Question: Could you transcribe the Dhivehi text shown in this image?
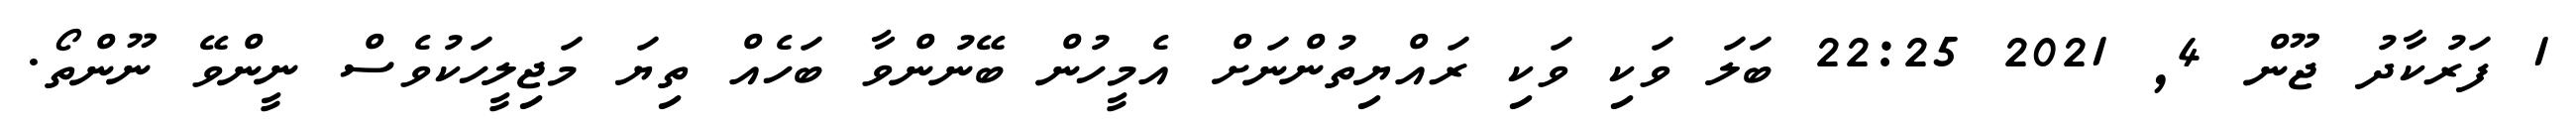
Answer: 1 ފަރުކާދު ޖޫން 4, 2021 22:25 ބަލަ ވަކި ވަކި ރައްޔިތުންނަށް އެމީހުން ބޭނުންވާ ބަހެއް ތިޔަ މަޖިލީހަކުވެސް ނީންވޭ ނޫންތޯ.